Vaccination in the Punjab 1905-1918 - 1905-1918
Year: 1905
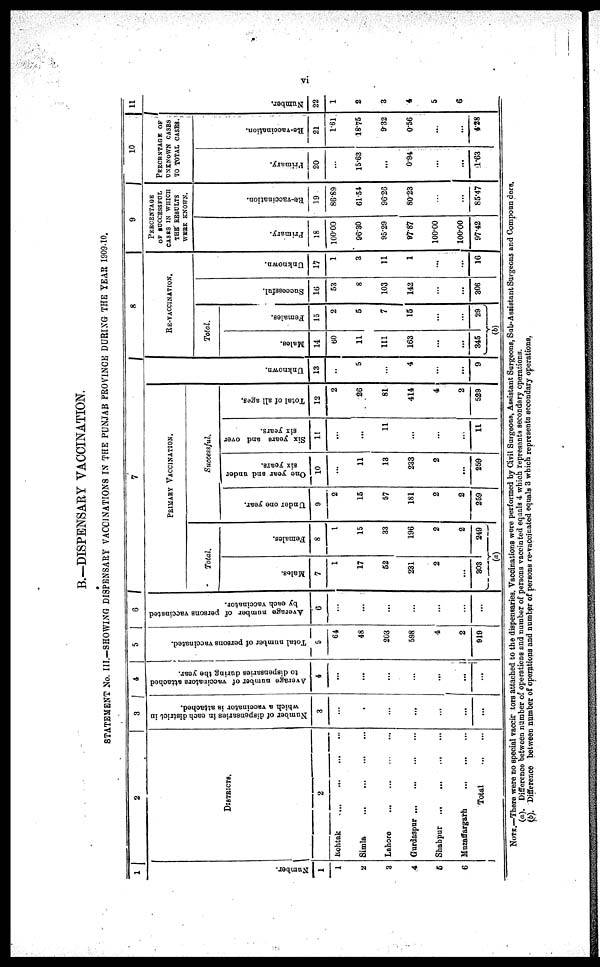
vi
B.—DISPENSARY VACCINATION.
STATEMENT No. III.—SHOWING DISPENSARY VACCINATIONS IN THE PUNJAB PROVINCE DURING THE YEAR 1909-10.
1
Number.
1
1
2
3
4
5
6
2
DISTRICTS.
2
Rohtak
...
...
...
...
Simla
...
...
...
...
Lahore
...
...
...
...
Gurdaspur
...
...
...
...
Shahpur ... ... ... ...
Muzaffargarh
...
...
...
Total
...
3
Number of dispensaries in each district in
which a vaccinator is attached.
3
...
...
...
...
...
...
...
4
Average number of vaccinators attached
to dispensaries during the year.
4
...
...
...
...
...
...
...
5
Total number of persons vaccinated.
5
64
48
203
598
4
2
919
6
Average number of persons vaccinated
by each vaccinator.
6
...
...
...
...
...
...
...
7
PRIMARY VACCINATION.
Total.
Males.
7
1
17
52
231
2
...
303
Females.
8
1
15
33
196
2
2
249
(a)
Successful.
Under one year.
9
2
15
57
181
2
2
259
One year and under
six years.
10
...
11
13
233
2
...
259
Six years and over
six years.
11
...
...
11
...
...
...
11
Total of all ages.
12
2
26
81
414
4
2
529
Unknown.
13
..
5
...
4
...
...
9
8
RE-VACCINATION.
Total.
Males.
14
60
11
111
163
...
...
345
Females.
15
2
5
7
15
...
...
29
(b)
Successful.
16
53
8
103
142
...
...
306
Unknown.
17
1
3
11
1
...
...
16
9
PERCENTAGE
OF SUCCESSFUL
CASES IN WHICH
THE RESULTS
WERE KNOWN.
Primary.
18
100.00
96.30
95.29
97.87
100.00
100.00
97.42
Re-vaccination.
19
86.89
61.54
96.26
80.23
...
...
85.47
10
PERCENTAGE OF
UNKNOWN CASES
TO TOTAL CASES.
Primary.
20
...
15.63
...
0.94
...
...
1.63
Re-vaccination.
21
1.61
18.75
9.32
0.56
...
...
4.28
11
Number.
22
1
2
3
4
5
6
NOTE.—There were no special vaccinators attached to the dispensaries. Vaccinations were performed by Civil Surgeons, Assistant Surgeons, Sub-Assistant Surgeons and Compounders.
(a). Difference between number of operations and number of persons vaccinted equals 4 which represents secondary operations.
(b). Difference between number of operations and number of persons re-vaccinated equals 3 which represents secondary operations.